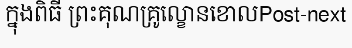
ក្នុងពិធី ព្រះគុណគ្រូល្ខោនខោលPost-next